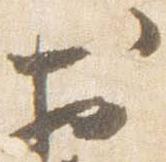
於